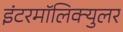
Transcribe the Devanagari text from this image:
इंटरमॉलिक्युलर